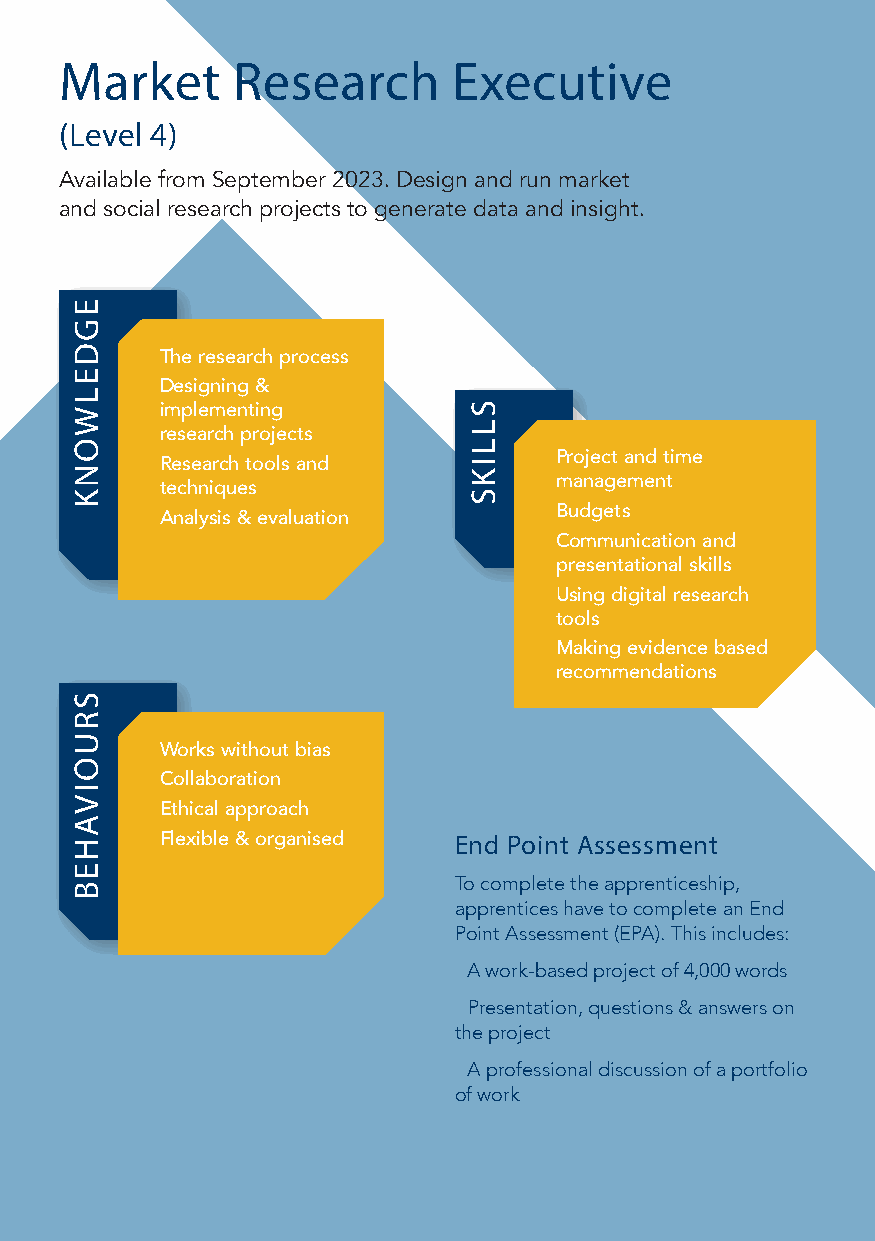
Market     Research       Executive
 (Level 4)
 Available from September 2023. Design and run market
 and social research projects to generate data and insight.
 ● The research process
 ● Designing &
 implementing
 research projects
 ● Project and time
 ● Research tools and
 management
 techniques
 ● Budgets
 ● Analysis & evaluation
 ● Communication and
 presentational skills
 ● Using digital research
 tools
 ● Making evidence based
 recommendations
 ● Works without bias
 ● Collaboration
 ● Ethical approach
 ● Flexible & organised End Point Assessment
 To complete the apprenticeship,
 apprentices have to complete an End
 Point Assessment (EPA). This includes:
 ● A work-based project of 4,000 words
 ● Presentation, questions & answers on
 the project
 ● A professional discussion of a portfolio
 of work
 EGDELWONK
 SRUOIVAHEB
 SLLIKS